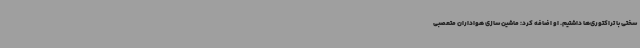
سختی با تراکتوری‌ها داشتیم. او اضافه کرد: ماشین سازی هواداران متعصبی